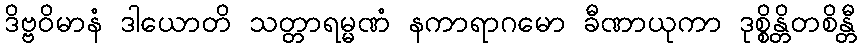
ဒိဗ္ဗဝိမာနံ ဒါယောတိ သတ္တာရမ္မဏံ နကာရာဂမော ခီဏာယုကာ ဒုစ္စိန္တိတစိန္တီ